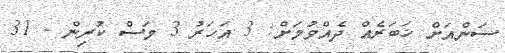
ސަންއަށް ޚަބަރެއް ދެއްވުމަށް: 3 އަހަރު 3 މަސް ކުރިން - 31